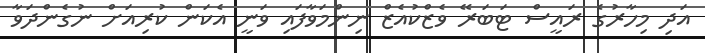
އަދި މިހާރުގެ ރައީސް ޓަބަރޭ ވެޒްކުއެޒް ނިންމަވާފައި ވަނީ އެކަން ކުރިއަށް ނުގެންދަވާ